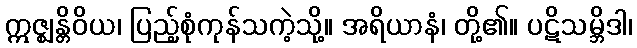
ဣဇ္ဈန္တိဝိယ၊ ပြည့်စုံကုန်သကဲ့သို့။ အရိယာနံ၊ တို့၏။ ပဋိသမ္ဘိဒါ၊